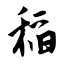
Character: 稻